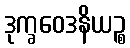
ဒုက္ခဝေဒနိယဉ္စ